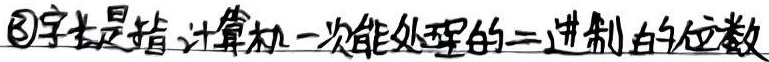
\textcircled{3}字长是指计算机一次能处理的二进制的位数